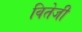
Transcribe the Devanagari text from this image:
वितेजी